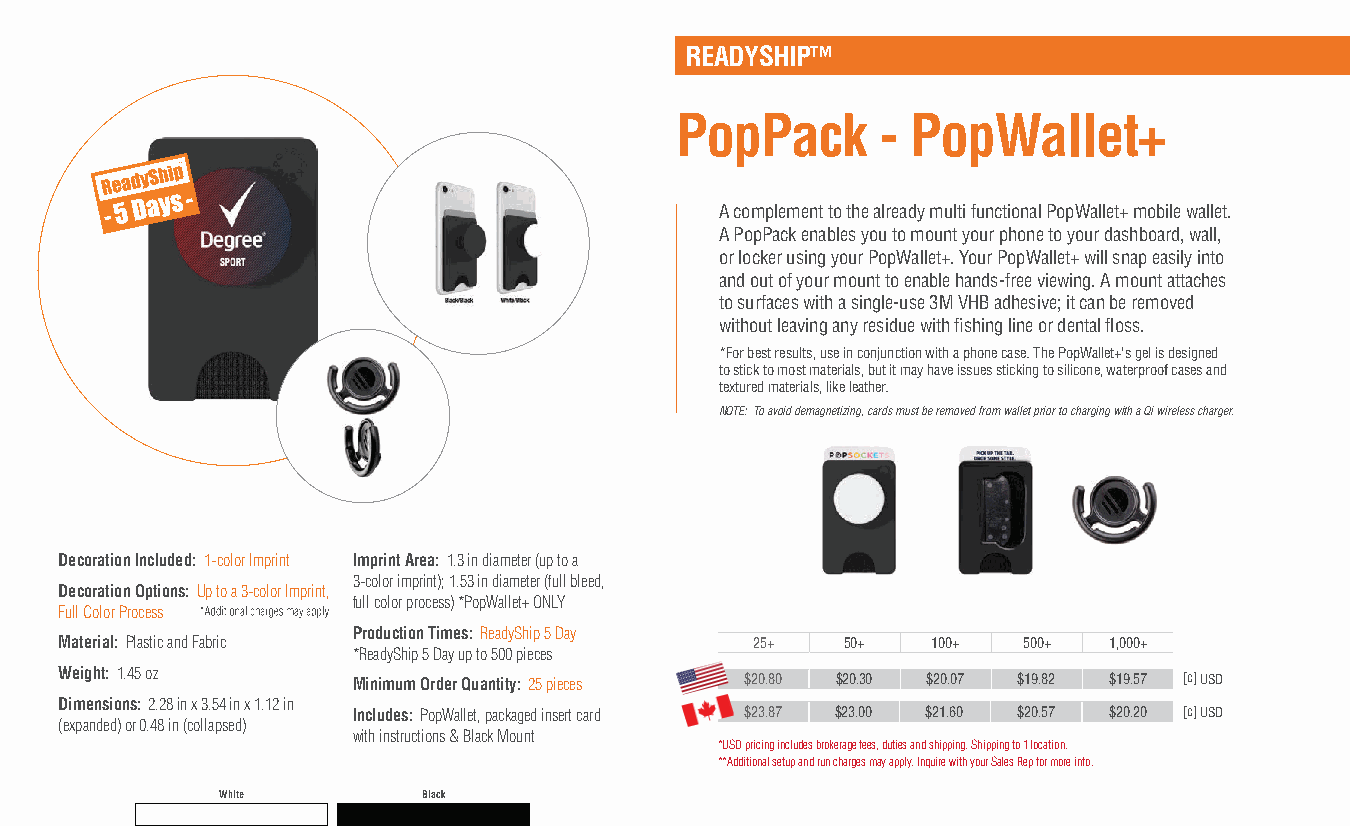
READYSHIP™
 PopPack      - PopWallet+
 A complement to the already multi functional PopWallet+ mobile wallet.
 A PopPack enables you to mount your phone to your dashboard, wall,
 or locker using your PopWallet+. Your PopWallet+ will snap easily into
 and out of your mount to enable hands-free viewing. A mount attaches
 to surfaces with a single-use 3M VHB adhesive; it can be removed
 without leaving any residue with fi shing line or dental fl oss.
 *For best results, use in conjunction with a phone case. The PopWallet+'s gel is designed
 to stick to most materials, but it may have issues sticking to silicone, waterproof cases and
 textured materials, like leather.
 NOTE: To avoid demagnetizing, cards must be removed from wallet prior to charging with a Qi wireless charger.
 Decoration Included: 1-color Imprint Imprint Area: 1.3 in diameter (up to a
 3-color imprint); 1.53 in diameter (full bleed,
 Decoration Options: Up to a 3-color Imprint,
 full color process) *PopWallet+ ONLY
 Full Color Process
 Production Times: ReadyShip 5 Day
 Material: Plastic and Fabric                  25+   50+   100+  500+ 1,000+
 *ReadyShip 5 Day up to 500 pieces
 Weight: 1.45 oz    Minimum Order Quantity: 25 pieces $20.80 $20.30 $20.07 $19.82 $19.57 [c] USD
 Dimensions: 2.28 in x 3.54 in x 1.12 in
 Includes: PopWallet, packaged insert card $23.87 $23.00 $21.60 $20.57 $20.20 [c] USD
 (expanded) or 0.48 in (collapsed)
 with instructions & Black Mount
 *USD pricing includes brokerage fees, duties and shipping. Shipping to 1 location.
 **Additional setup and run charges may apply. Inquire with your Sales Rep for more info.
 White        Black